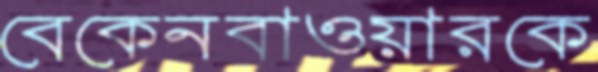
বেকেনবাওয়ারকে